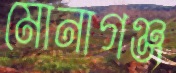
মোনাগঞ্জ